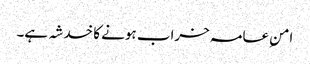
امنِ عامہ خراب ہونے کا خدشہ ہے۔